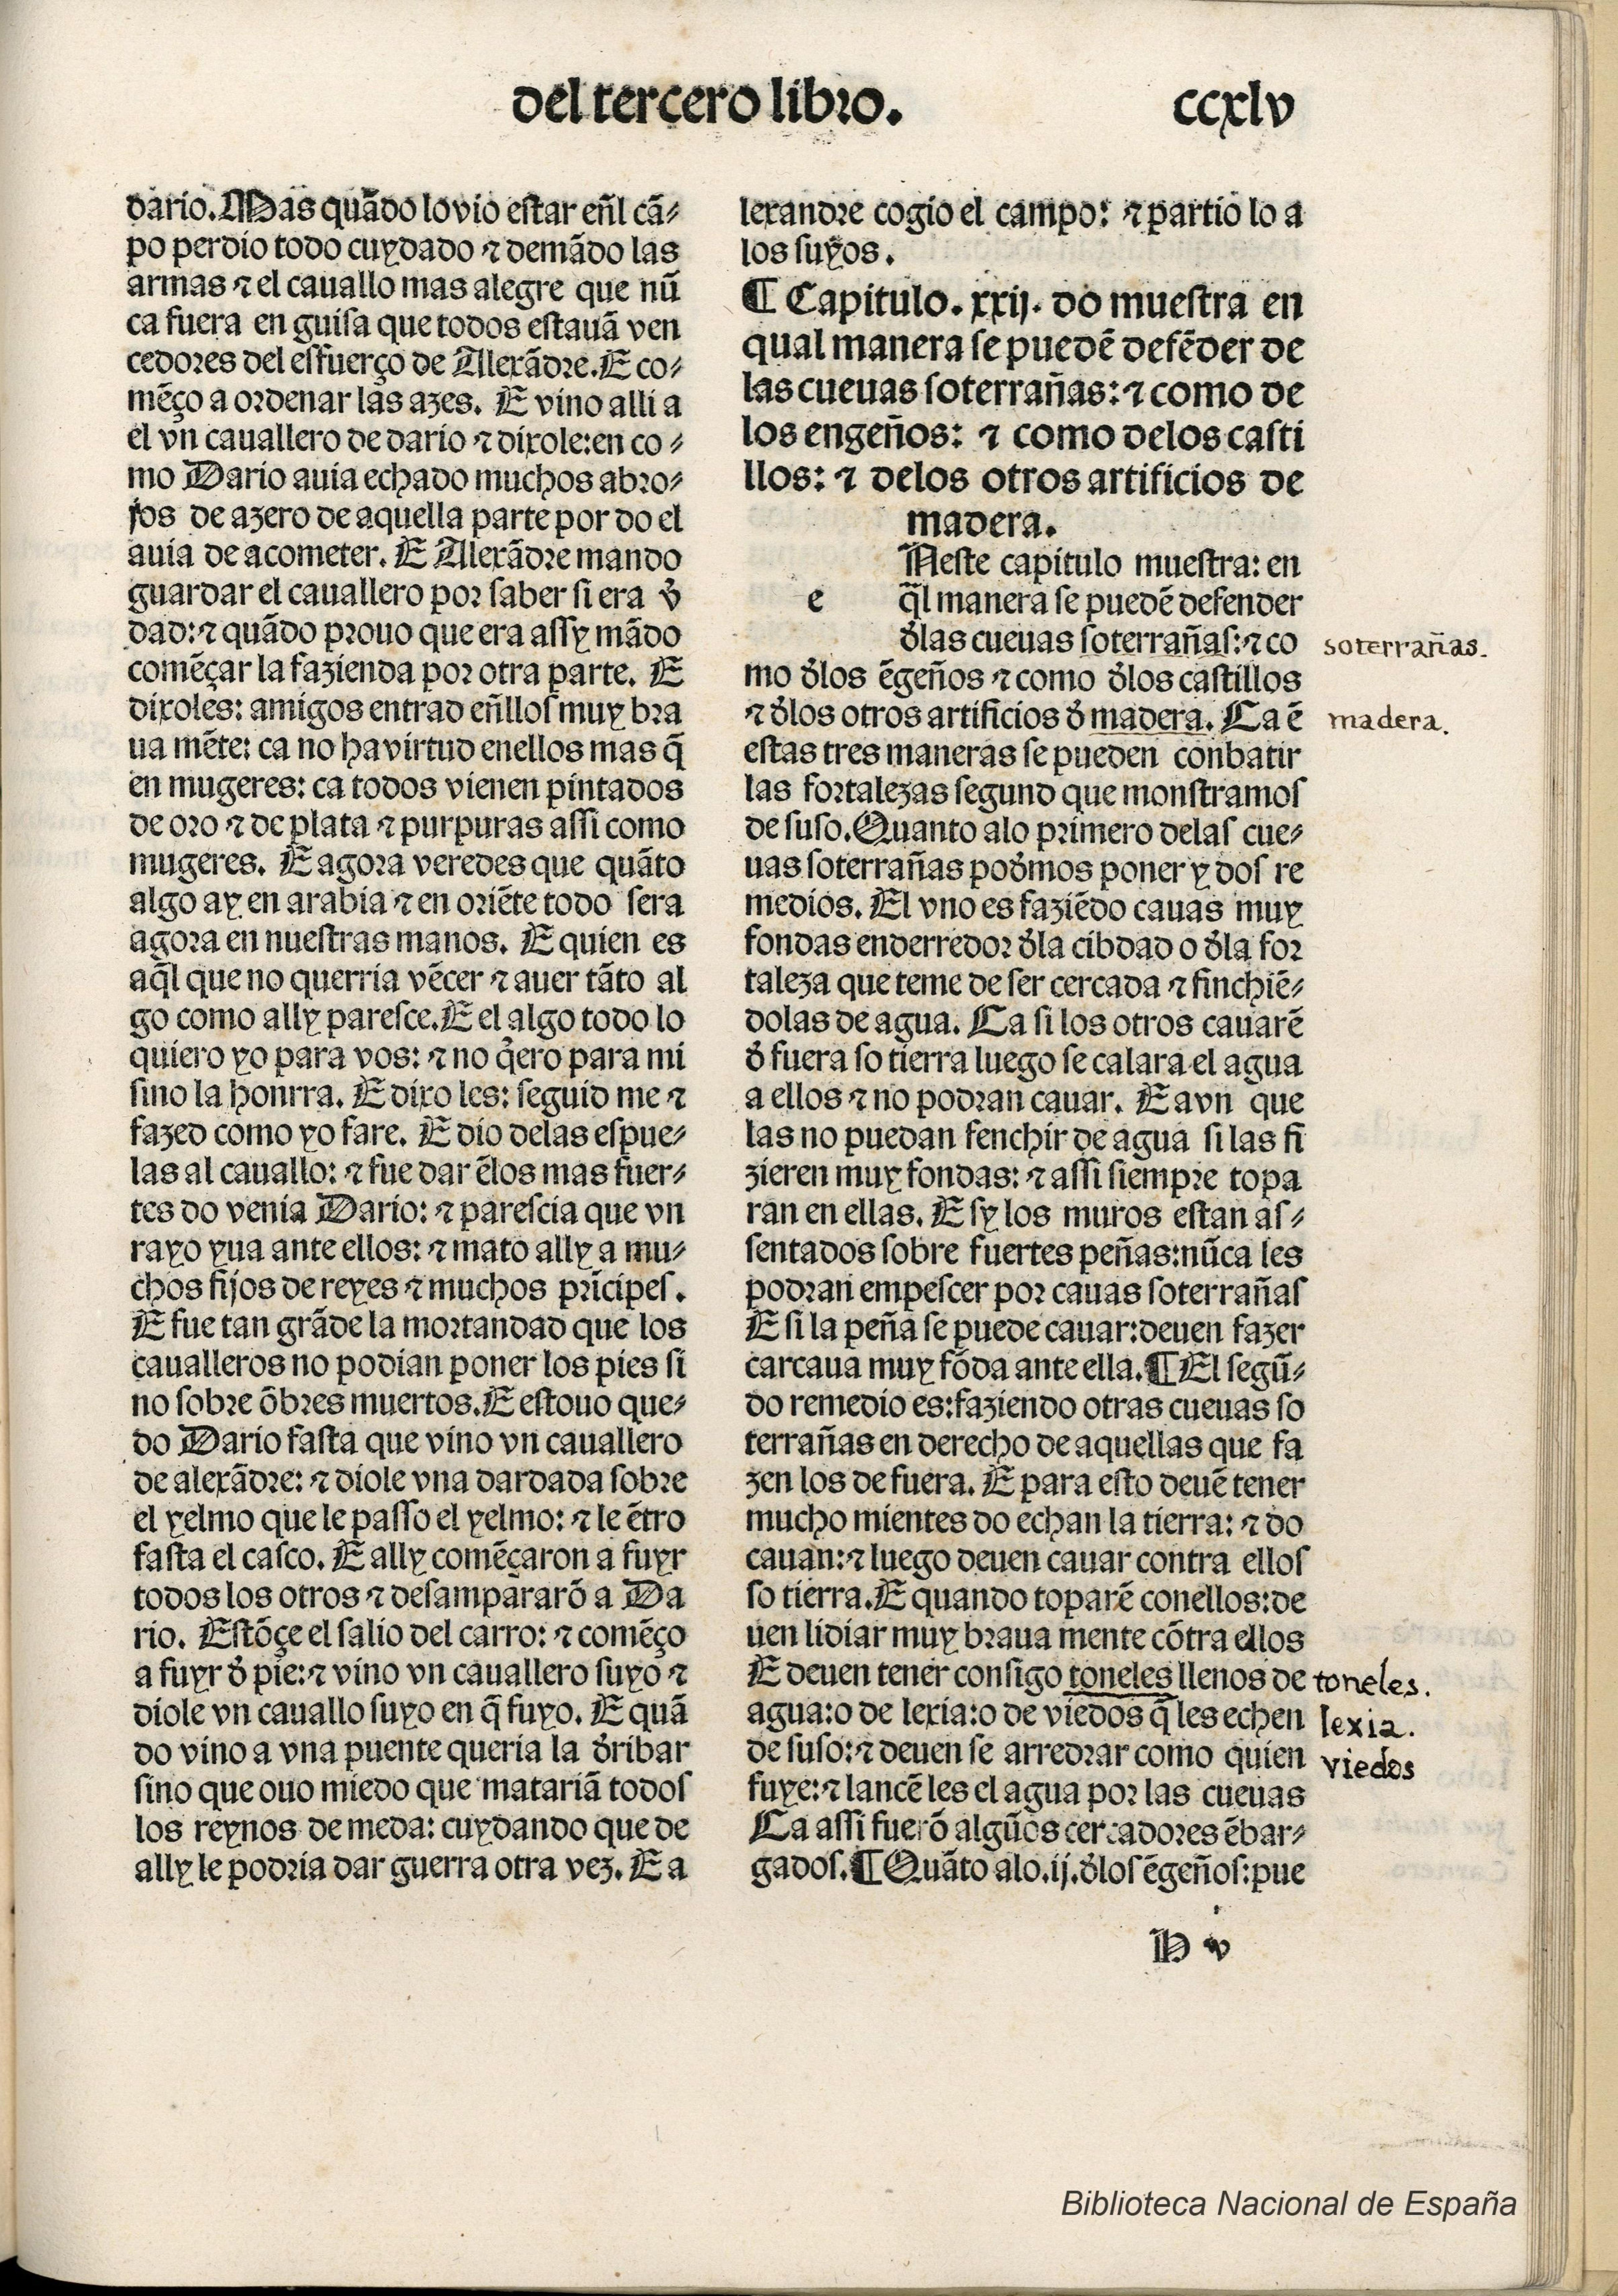
Shelfmark: Madrid, BNE, Inc. 901
Century: 15